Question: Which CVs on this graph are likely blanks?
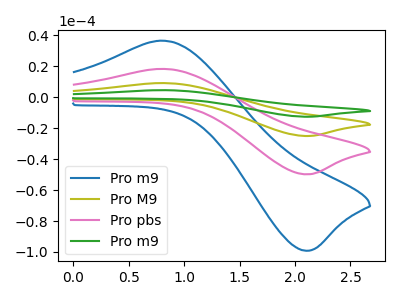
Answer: <think>The blue curve "Pro m9" has an anodic peak at (0.80V, 36.65uA) and a cathodic peak at (2.10V, -99.25uA). The olive curve "Pro M9" has an anodic peak at (0.80V, 36.80uA) and a cathodic peak at (2.10V, -99.65uA). The pink curve "Pro pbs" has an anodic peak at (0.80V, 18.40uA) and a cathodic peak at (2.10V, -49.85uA). The green curve "Pro m9" has an anodic peak at (0.80V, 55.20uA) and a cathodic peak at (2.10V, -149.50uA).</think>
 <answer>There are not any CV's on this graph that are likely to be blanks.</answer>
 <eval>none</eval>